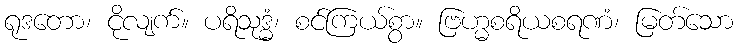
ရုဒတော၊ ငိုလျက်။ ပရိသုဒ္ဓံ၊ စင်ကြယ်စွာ။ ဗြဟ္မစရိယစရဏံ၊ မြတ်သော